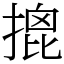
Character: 𢱧